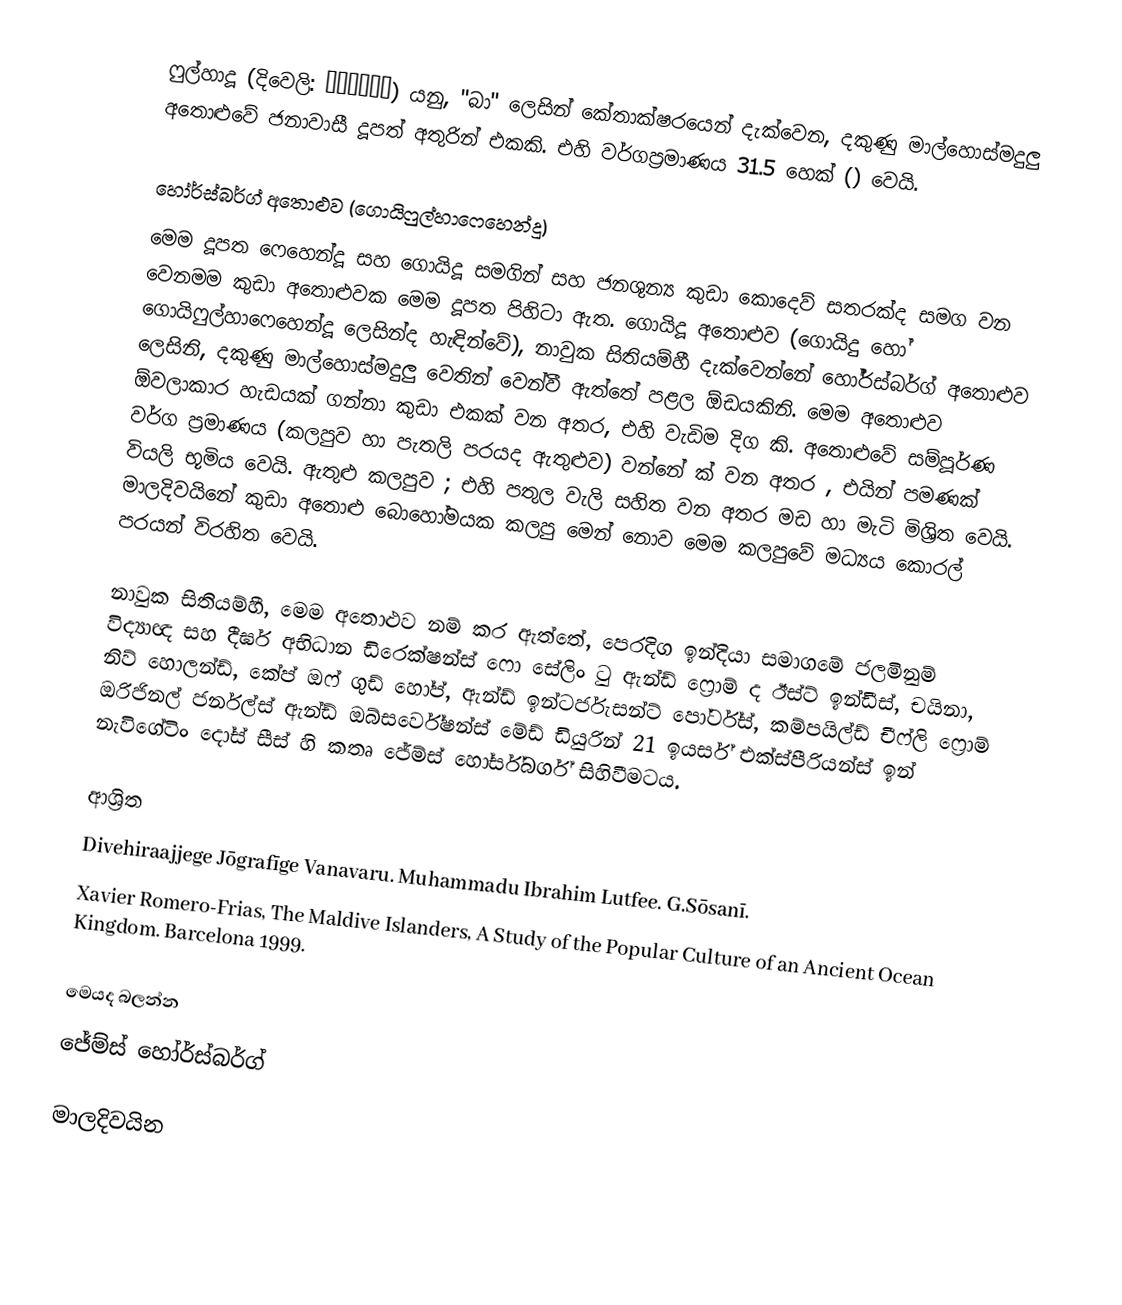
ෆුල්හාදූ  (දිවෙලි: ފުޅަދޫ) යනු, "බා" ලෙසින් කේතාක්ෂරයෙන් දැක්වෙන,  දකුණු මාල්හොස්මදුලු අතොළුවේ  ජනාවාසී දූපත් අතුරින් එකකි. එහි වර්ගප්‍රමාණය  31.5 හෙක් () වෙයි.

හෝර්ස්බර්ග් අතොළුව (ගොයිෆුල්හාෆෙහෙන්දූ)
මෙම දූපත ෆෙහෙන්දූ  සහ ගොයිදූ සමගින් සහ ජනශුන්‍ය කුඩා කොදෙව් සතරක්ද  සමග වන වෙනමම කුඩා අතොළුවක මෙම දූපත පිහිටා ඇත.  ගොයිදූ අතොළුව (ගොයිදු හෝ ගොයිෆුල්හාෆෙහෙන්දූ ලෙසින්ද හැඳින්වේ), නාවුක සිතියම්හී  දැක්වෙන්නේ  හෝර්ස්බර්ග් අතොළුව ලෙසිනි, දකුණු මාල්හොස්මදුලු වෙතින් වෙන්වී ඇත්තේ   පළල ඕඩයකිනි. මෙම අතොළුව ඕවලාකාර හැඩයක් ගන්නා කුඩා එකක් වන අතර, එහි වැඩිම දිග  කි.  අතොළුවේ සම්පූර්ණ වර්ග ප්‍රමාණය (කලපුව හා පැතලි පරයද ඇතුළුව) වන්නේ  ක් වන අතර , එයින්  පමණක් වියලි භූමිය වෙයි. ඇතුළු කලපුව ;  එහි පතුල වැලි සහිත වන අතර මඩ හා මැටි මිශ්‍රිත වෙයි. මාලදිවයිනේ කුඩා අතොළු බොහෝමයක කලපු මෙන් නොව මෙම කලපුවේ මධ්‍යය කොරල් පරයන් විරහිත වෙයි.

නාවුක සිතියම්හී, මෙම අතොළුව නම් කර ඇත්තේ, පෙරදිග ඉන්දියා සමාගමේ ජලමිනුම් විද්‍යාඥ  සහ දීර්ඝ අභිධාන ඩිරෙක්ෂන්ස් ෆො සේලිං ටු  ඇන්ඩ් ෆ්‍රොම් ද ඊස්ට් ඉන්ඩීස්, චයිනා, නිව් හොලන්ඩ්, කේප් ඔෆ් ගුඩ් හෝප්, ඇන්ඩ් ඉන්ටර්ජැසන්ට් පෝර්ට්ස්, කම්පයිල්ඩ් චීෆ්ලි ෆ්‍රොම් ඔරිජිනල් ජර්නල්ස් ඇන්ඩ් ඔබ්සර්වේෂන්ස් මේඩ් ඩියුරින් 21 ඉයර්ස් එක්ස්පීරියන්ස් ඉන් නැවිගේටිං දෝස් සීස් හි කතෘ ජේම්ස් හෝර්ස්බර්ග් සිහිවීමටය.

ආශ්‍රිත
 Divehiraajjege Jōgrafīge Vanavaru. Muhammadu Ibrahim Lutfee. G.Sōsanī.
 Xavier Romero-Frias, The Maldive Islanders, A Study of the Popular Culture of an Ancient Ocean Kingdom. Barcelona 1999.

මෙයද බලන්න
ජේම්ස් හෝර්ස්බර්ග්

මාලදිවයින